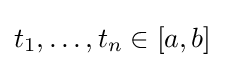
t_{1},\dots ,t_{n}\in [a,b]